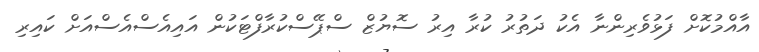
އާއްމުކޮށް ފަޅުވެރިންނާ އެކު ދަތުރު ކުރާ އިރު ސޮޔުޒް ސްޕޭސްކުރާފްޓަކުން އައިއެސްއެސްއަށް ކައިރި